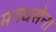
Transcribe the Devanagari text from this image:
मगधसेना